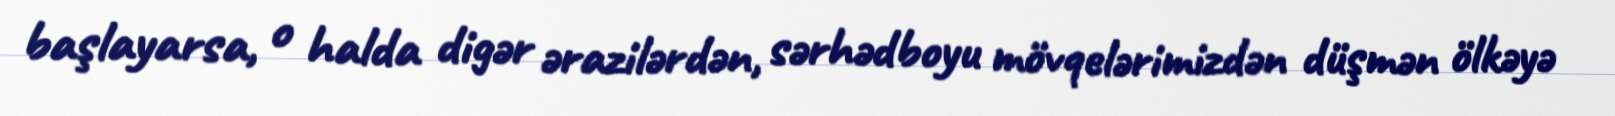
başlayarsa, o halda digər ərazilərdən, sərhədboyu mövqelərimizdən düşmən ölkəyə